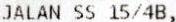
JALAN SS 15/4B,